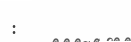
: